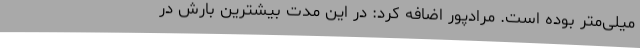
میلی‌متر بوده است. مرادپور اضافه کرد: در این مدت بیشترین بارش در